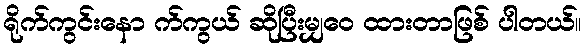
ရိုက်ကွင်းနော က်ကွယ် ဆိုပြီးမျှဝေ ထားတာဖြစ် ပါတယ်။